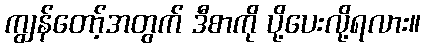
ကျွန်တော့်အတွက် ဒီစာကို ပို့ပေးလို့ရလား။